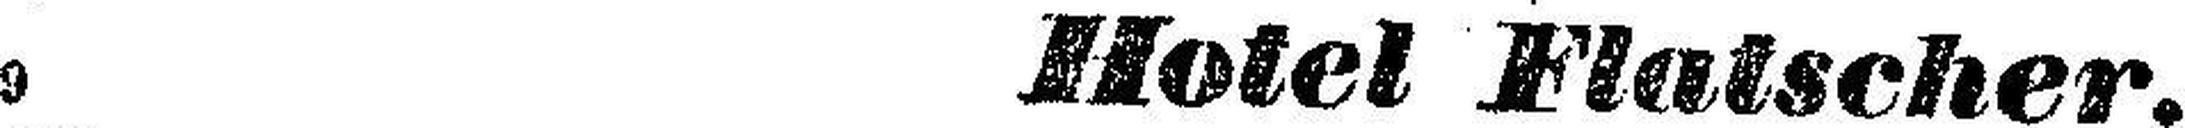
9229 Hotel Flatscher.